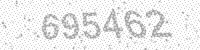
Solution: 695462